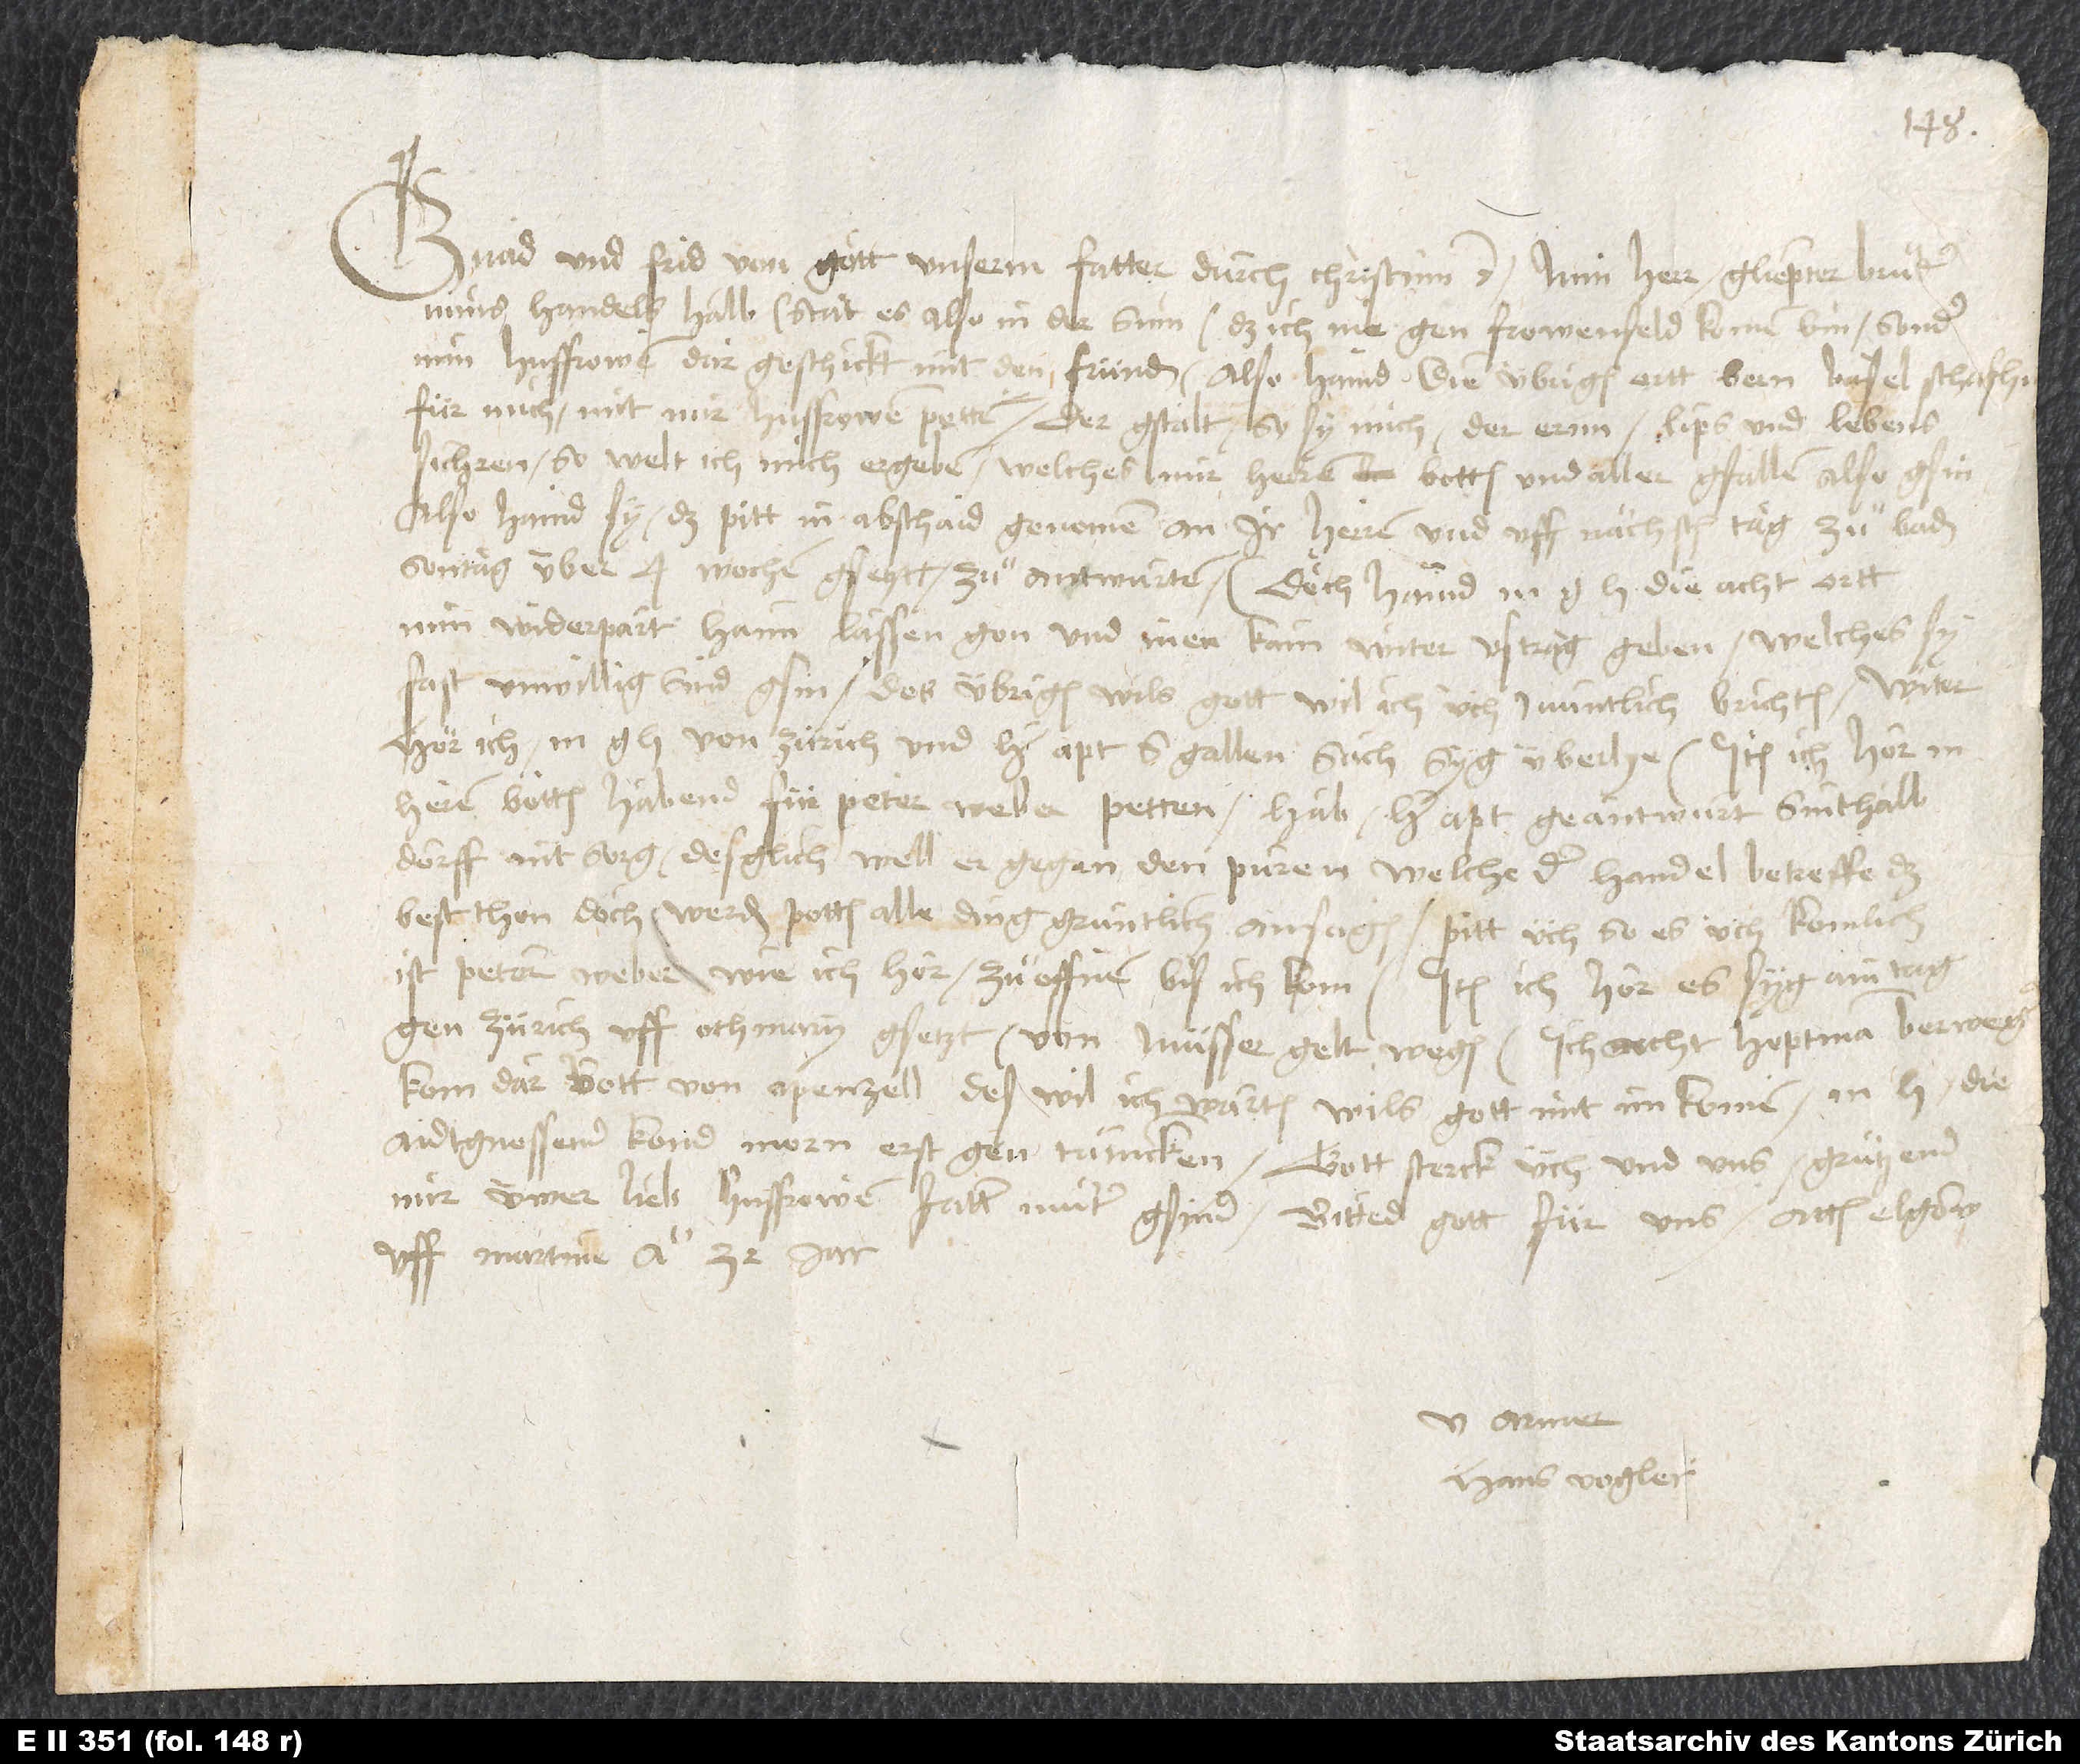
Gnad und frid von gott unserem fatter durch Christum etc. Min herr, gliepter bruͤder.
Mins handels halb stat es also in der sum, daß ich nie gen Frowenfeld komen bin, sonder
min husfrowen dar geschickt mit den fründen. Also haind die übrigen ortt, Bern, Basel, Schafhusen,
min widerpart haim lassen gon und inen kain witer uftrag geben, welches sy
fast unwillig sind gsin. Des übrigen, wils gott, wil ich üch muntlich brichten. Witer
dörff nit sorg; desglich well er gegen den puren, welche der handel betreffe, das
best thon. Doch werden potten alle ding gruntlich ansagen. Pitt üch, so es üch komlich
ist, Petern Weber, wie ich hör, zu offnen, bis ich korn. Item ich hör, es syg ain tag
gen Zürich uff Othmary gsetzt, von Müsser gelt wegen. Ich acht, hoptmann Berweger
kom dar bott von Apenzell. Des wil ich warten, wils gott, mit im komen. M die
aidtgnossen kond morn erst gen Tänicken. Gott sterck üch und uns. Grützend
mir üwer lieb husfrowen, fatter, muter, gsind. Bittend gott für uns. Actum Elgow,
uff Martini anno 32 jar.
Hans Vogler.